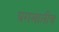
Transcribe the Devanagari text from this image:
घराखालीच